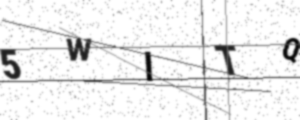
Text: 5WITQ